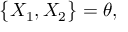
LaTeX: \big \{ X _ { 1 } , X _ { 2 } \big \} = \theta ,